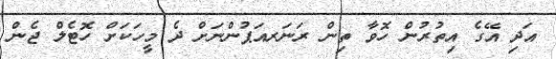
އަދި އޭގެ އިތުރުން ހޮވާ ތިން ރަނަރއަޕުންނަށް ދެ މީހަކަށް ހޮޓެލް ޖެން